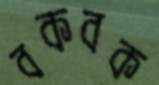
বকবক